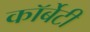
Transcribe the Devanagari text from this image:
कॉर्बेटी